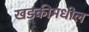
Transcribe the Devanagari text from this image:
खडकीमधील